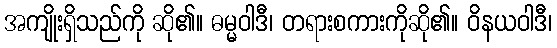
အကျိုးရှိသည်ကို ဆို၏။ ဓမ္မဝါဒီ၊ တရားစကားကိုဆို၏။ ဝိနယဝါဒီ၊